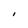
Character: I